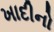
ખાદીનો